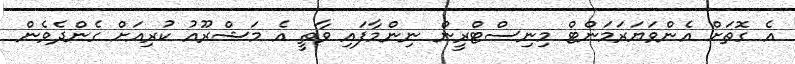
އެ ގޮތަށް އެންވަޔަރަމަންޓް މިނިސްޓްރީން ނިންމާފައި ވާތީ އެ މަޝްރޫއު ކުރިއަށް ގެންދެވެން